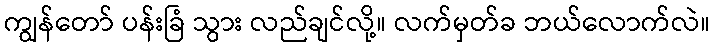
ကျွန်တော် ပန်းခြံ သွား လည်ချင်လို့။ လက်မှတ်ခ ဘယ်လောက်လဲ။